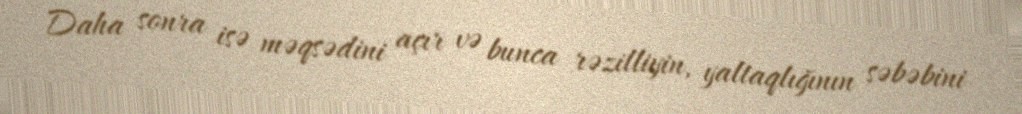
Daha sonra isə məqsədini açır və bunca rəzilliyin, yaltaqlığının səbəbini